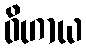
ဝိဟာယ